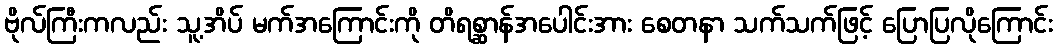
ဗိုလ်ကြီးကလည်း သူ့အိပ် မက်အကြောင်းကို တိရစ္ဆာန်အပေါင်းအား စေတနာ သက်သက်ဖြင့် ပြောပြလိုကြောင်း